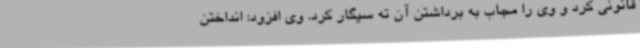
قانونی کرد و وی را مجاب به برداشتن آن ته سیگار کرد. وی افزود: انداختن